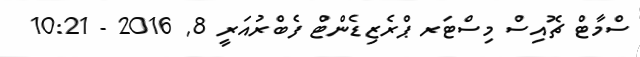
ސްމާޓް ޗޮއިސް މިސްޓަރ ޕްރެޒިޑެންޓް ފެބްރުއަރީ 8